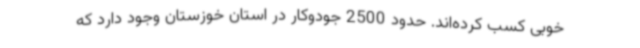
خوبی کسب کرده‌اند. حدود 2500 جودوکار در استان خوزستان وجود دارد که